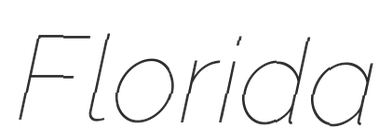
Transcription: Florida